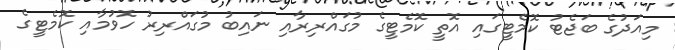
މިއަދުގެ ބަޖެޓު ކޮމެޓީގައި އޮތީ ކޮމެޓީގެ މުގައްރިރާއި ނައިބު މުގައްރިރު ހޮވުމާއި ކޮމެޓީގެ